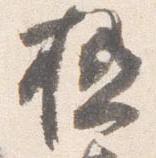
極